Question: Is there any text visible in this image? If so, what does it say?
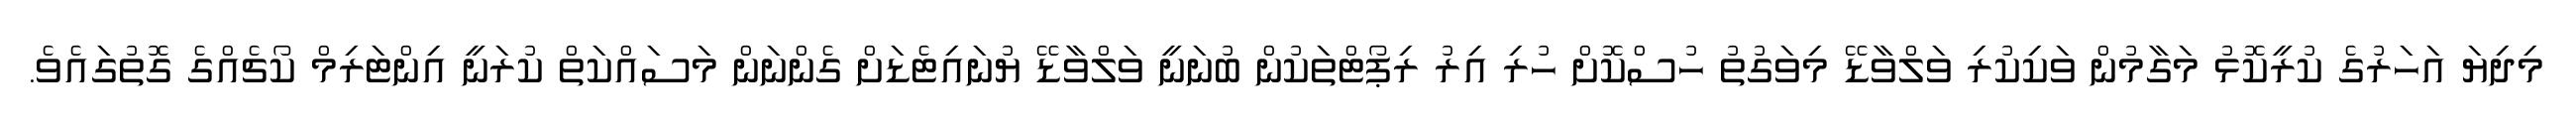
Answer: މިދިޔަ އަހަރުގެ ކުރީކޮޅު މަގާމުން ވަކިކުރި ވަލްވާޑޭ މިވަގުތު ހުސްކޮށް ހުރި އިރު ރިޕޯޓްތަކުން ބުނަނީ ވަލްވާޑޭ ޔުނައިޓެޑަށް ގެންނަން މަސައްކަތް ކުރަނީ އިންޓަރިމް ކޯޗެއްގެ ގޮތުގައެވެ.